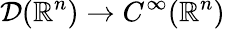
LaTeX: {\mathcal{D}}(\mathbb{R}^{n})\to C^{\infty}(\mathbb{R}^{n})